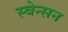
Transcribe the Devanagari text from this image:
स्वेन्सन